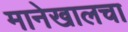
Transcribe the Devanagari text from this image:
मानेखालचा